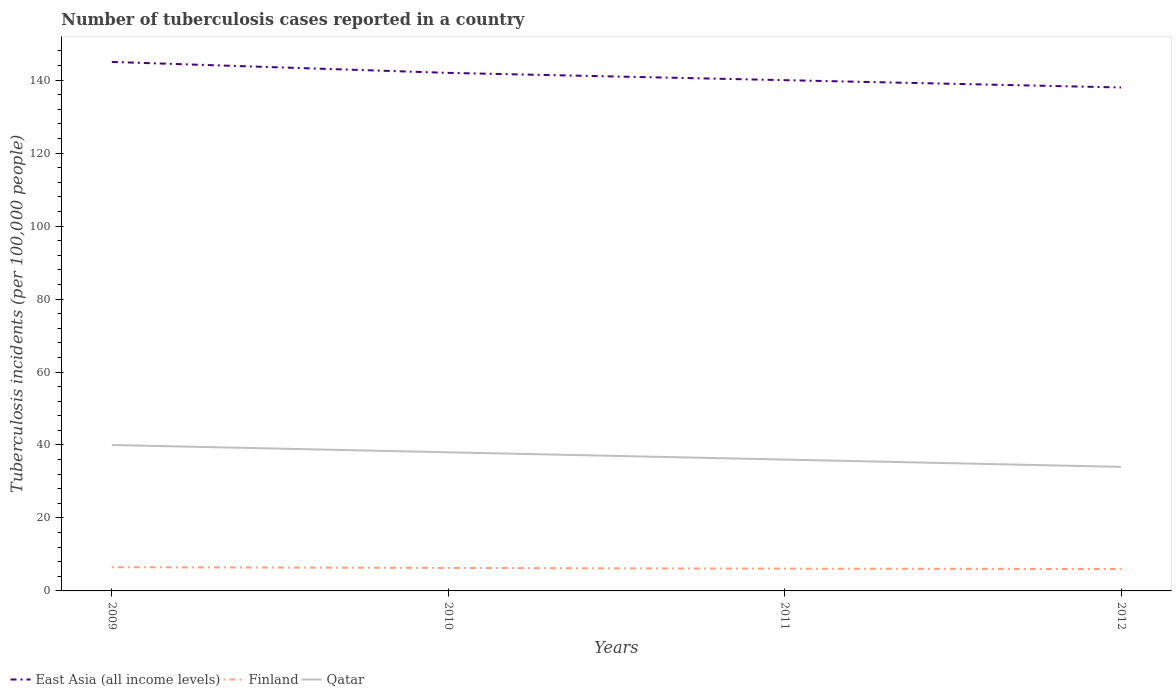
| Years | East Asia (all income levels) | Finland | Qatar |
 | --- | --- | --- | --- |
 | 2009 | 145 | 6.5 | 40 |
 | 2010 | 142 | 6.3 | 38 |
 | 2011 | 140 | 6.1 | 36 |
 | 2012 | 138 | 6 | 34 |